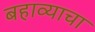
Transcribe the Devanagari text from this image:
बहाव्याचा